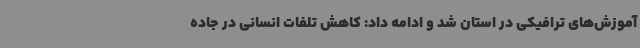
آموزش‌های ترافیکی در استان شد و ادامه داد: کاهش تلفات انسانی در جاده